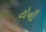
ટોની